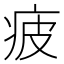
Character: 疲